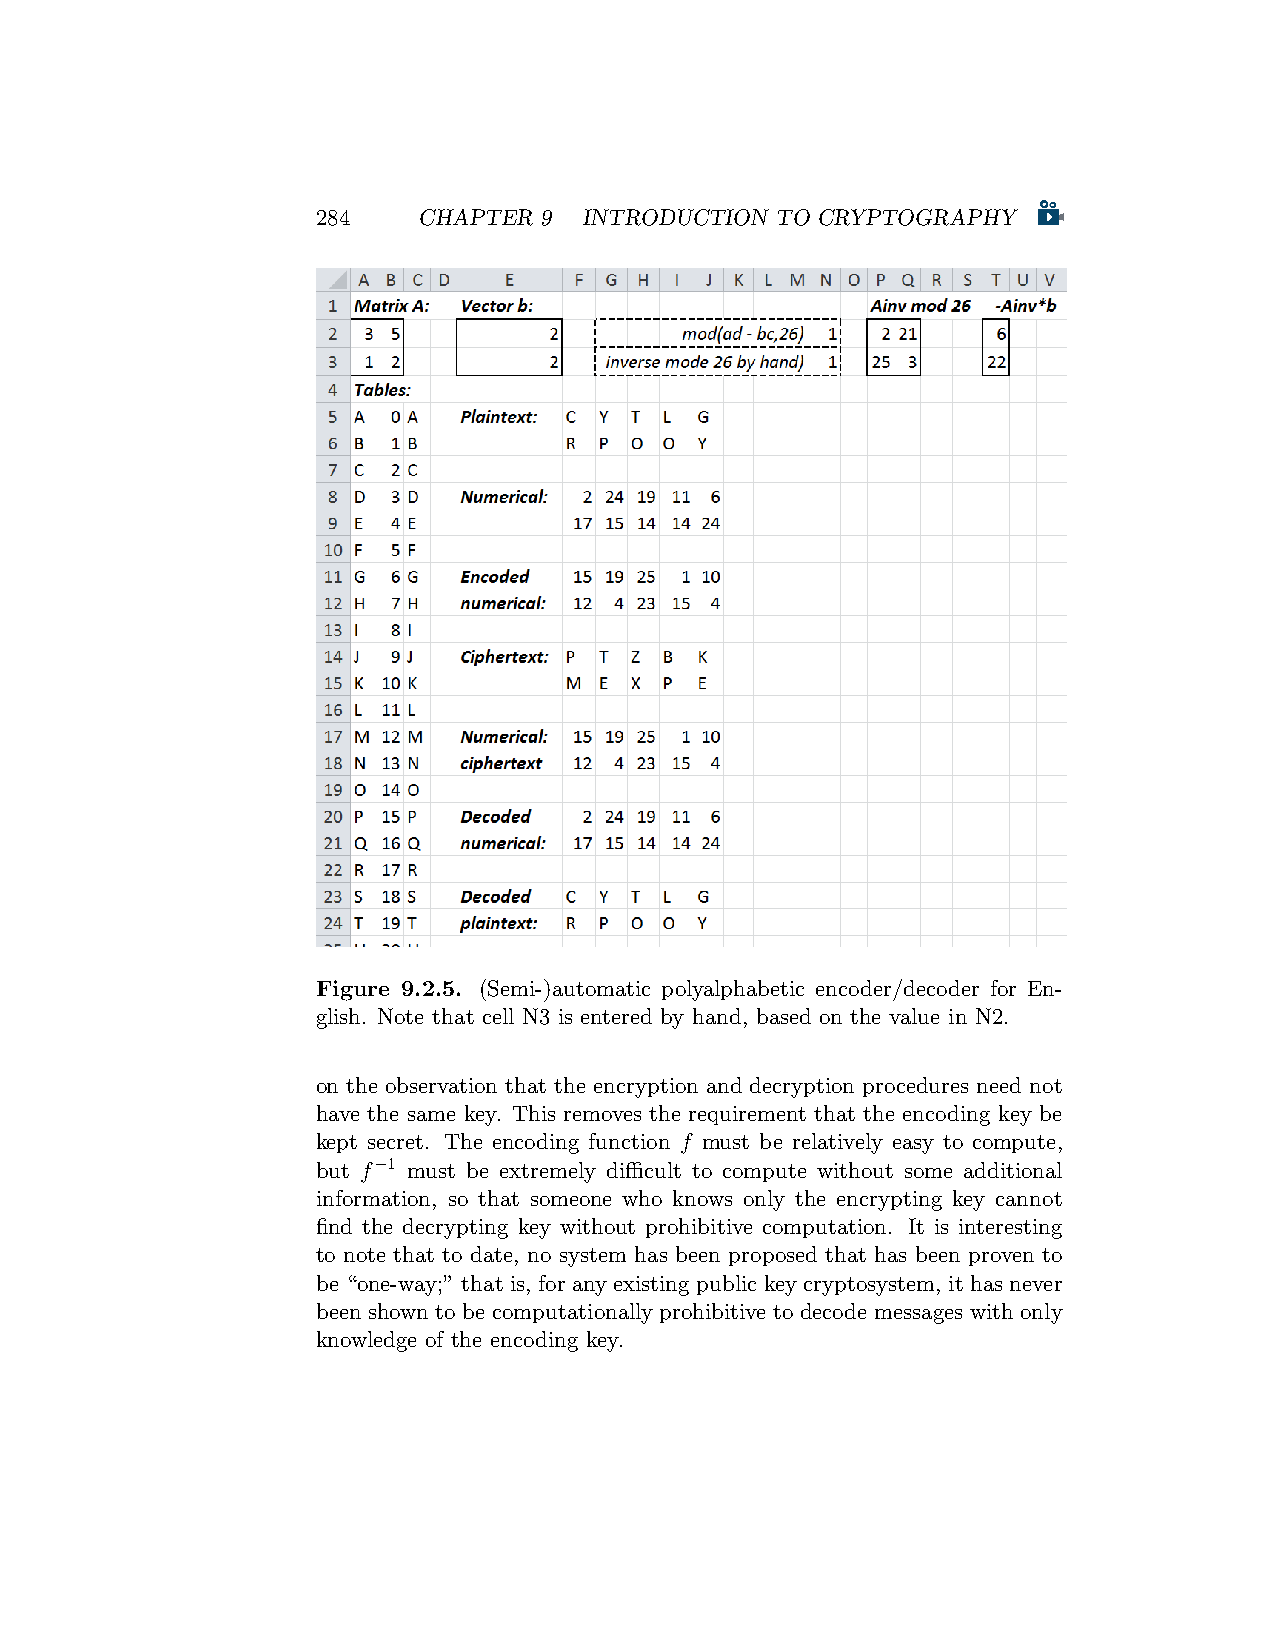
284    CHAPTER 9  INTRODUCTION TO CRYPTOGRAPHY
 Figure 9.2.5. (Semi-)automatic polyalphabetic encoder/decoder for En-
 glish. Note that cell N3 is entered by hand, based on the value in N2.
 on the observation that the encryption and decryption procedures need not
 have the same key. This removes the requirement that the encoding key be
 kept secret. The encoding function f must be relatively easy to compute,
 but f−1 must be extremely difficult to compute without some additional
 information, so that someone who knows only the encrypting key cannot
 find the decrypting key without prohibitive computation. It is interesting
 to note that to date, no system has been proposed that has been proven to
 be “one-way;” that is, for any existing public key cryptosystem, it has never
 been shown to be computationally prohibitive to decode messages with only
 knowledge of the encoding key.